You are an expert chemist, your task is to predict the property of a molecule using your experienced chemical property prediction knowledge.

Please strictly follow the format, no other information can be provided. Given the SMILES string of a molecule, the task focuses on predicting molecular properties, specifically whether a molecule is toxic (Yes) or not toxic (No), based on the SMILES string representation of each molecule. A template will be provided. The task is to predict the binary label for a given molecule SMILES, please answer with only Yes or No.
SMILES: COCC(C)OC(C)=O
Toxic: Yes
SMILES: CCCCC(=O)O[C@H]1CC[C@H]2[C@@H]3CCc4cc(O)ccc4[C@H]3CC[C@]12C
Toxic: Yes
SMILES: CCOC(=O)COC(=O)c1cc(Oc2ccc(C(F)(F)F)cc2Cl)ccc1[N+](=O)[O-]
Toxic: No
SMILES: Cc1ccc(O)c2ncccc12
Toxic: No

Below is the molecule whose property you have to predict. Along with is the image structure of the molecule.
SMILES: Oc1ccc([Hg]Cl)cc1
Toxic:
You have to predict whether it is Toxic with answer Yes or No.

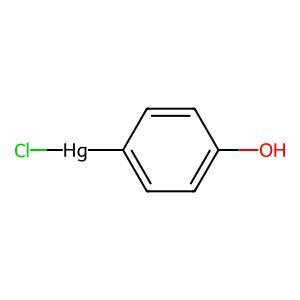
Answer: No